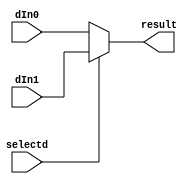

module mux5 (result, dIn0, dIn1, selectd);
	output [4:0] result;
	input [4:0] dIn0, dIn1;
	input selectd;

	assign result = selectd ? dIn1 : dIn0;
endmodule